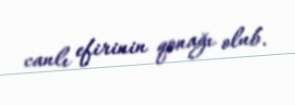
canlı efirinin qonağı olub.